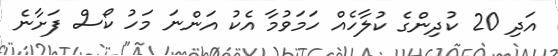
އަދި 20 ކުދިންގެ ކުލާހެއް ހަމަވުމާ އެކު އަންނަ މަހު ކޯސް ފަށާނެ